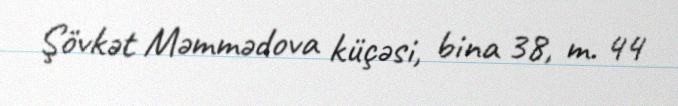
Şövkət Məmmədova küçəsi, bina 38, m. 44